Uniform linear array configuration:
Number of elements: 8
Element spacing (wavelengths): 0.25
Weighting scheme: exponential
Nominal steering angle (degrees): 30
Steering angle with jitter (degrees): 31.769
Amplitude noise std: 0.05
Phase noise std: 0.05

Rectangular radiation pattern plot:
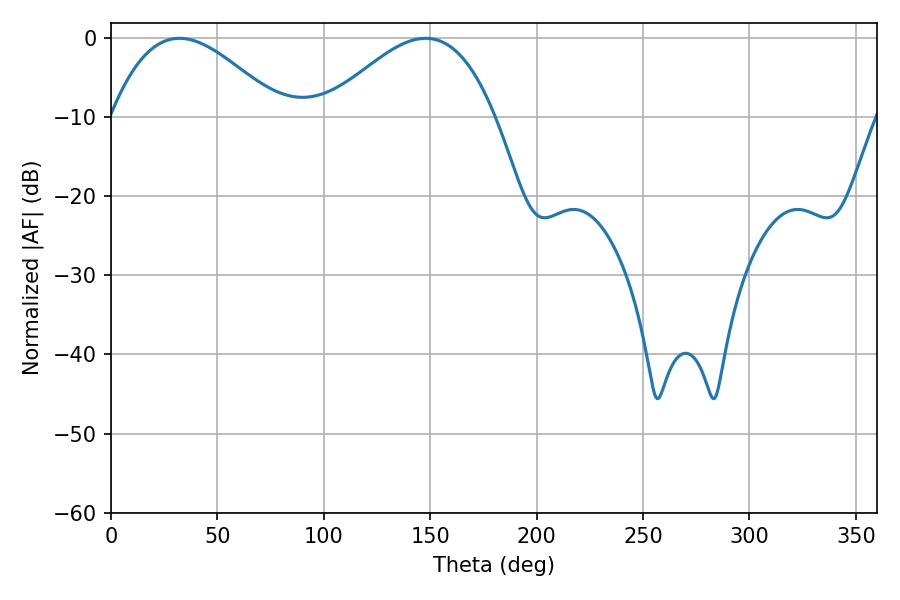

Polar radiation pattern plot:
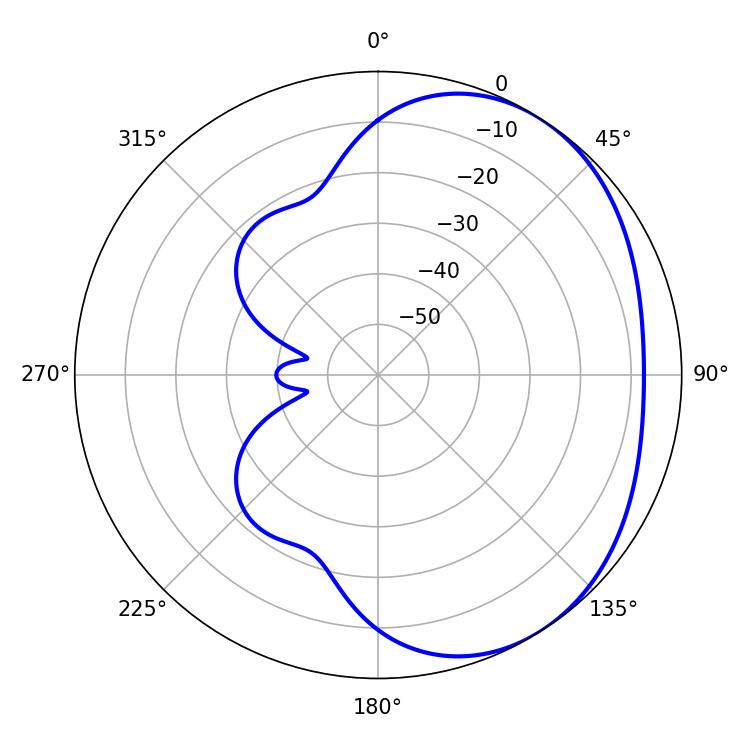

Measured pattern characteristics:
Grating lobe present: FALSE
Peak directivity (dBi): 3.076
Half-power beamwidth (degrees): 43.2
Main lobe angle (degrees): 32.22